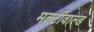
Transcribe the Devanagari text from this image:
मल्टीवाल्ड